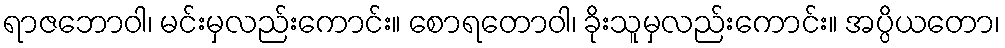
ရာဇဘောဝါ၊ မင်းမှလည်းကောင်း။ စောရတောဝါ၊ ခိုးသူမှလည်းကောင်း။ အပ္ပိယတော၊